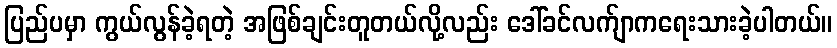
ပြည်ပမှာ ကွယ်လွန်ခဲ့ရတဲ့ အဖြစ်ချင်းတူတယ်လို့လည်း ဒေါ်ခင်လက်ျာကရေးသားခဲ့ပါတယ်။